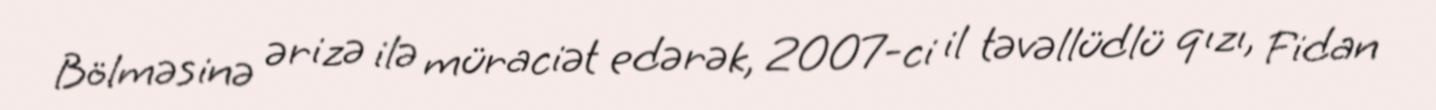
Bölməsinə ərizə ilə müraciət edərək, 2007-ci il təvəllüdlü qızı, Fidan